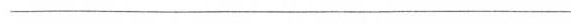
______________________